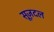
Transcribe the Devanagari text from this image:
सूज़दल